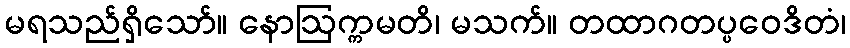
မရသည်ရှိသော်။ နောဩက္ကမတိ၊ မသက်။ တထာဂတပ္ပဝေဒိတံ၊